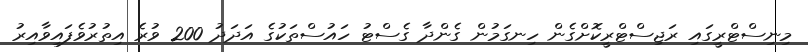
މިނިސްޓްރީގައި ރަޖިސްޓްރީކޮށްގެން ހިނގަމުން ގެންދާ ގެސްޓު ހައުސްތަކުގެ އަދަދު 200 ވުރެ އިތުރުވެފައިވާއިރު